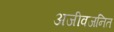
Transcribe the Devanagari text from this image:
अजीवजनित